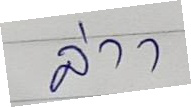
ล่าา